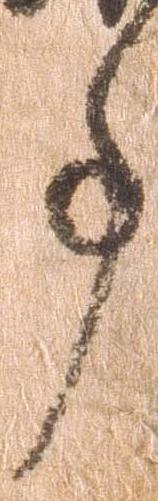
事